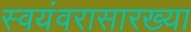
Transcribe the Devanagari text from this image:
स्वयंवरासारख्या